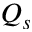
Q _ { s }